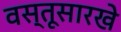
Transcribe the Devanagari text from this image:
वस्तूसारखे